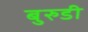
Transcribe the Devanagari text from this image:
बुरुडी